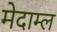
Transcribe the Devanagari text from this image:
मेदाम्ल